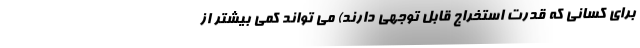
برای کسانی که قدرت استخراج قابل توجهی دارند) می تواند کمی بیشتر از